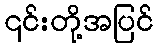
၎င်းတို့အပြင်